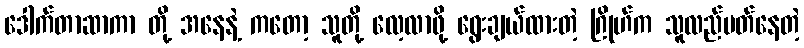
ဒေါက်တာဆာကာ တို့ အနေနဲ့ ကတော့ သူတို့ လေ့လာဖို့ ရွေးချယ်ထားတဲ့ ဂြိုဟ်က သူလည်ပတ်နေတဲ့